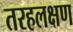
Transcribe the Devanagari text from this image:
तरहलक्षण